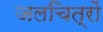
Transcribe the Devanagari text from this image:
जलचित्रों